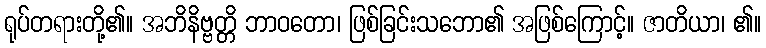
ရုပ်တရားတို့၏။ အဘိနိဗ္ဗတ္တိ ဘာဝတော၊ ဖြစ်ခြင်းသဘော၏ အဖြစ်ကြောင့်။ ဇာတိယာ၊ ၏။